Physiological action of certain drugs in tablet form - Number 52A
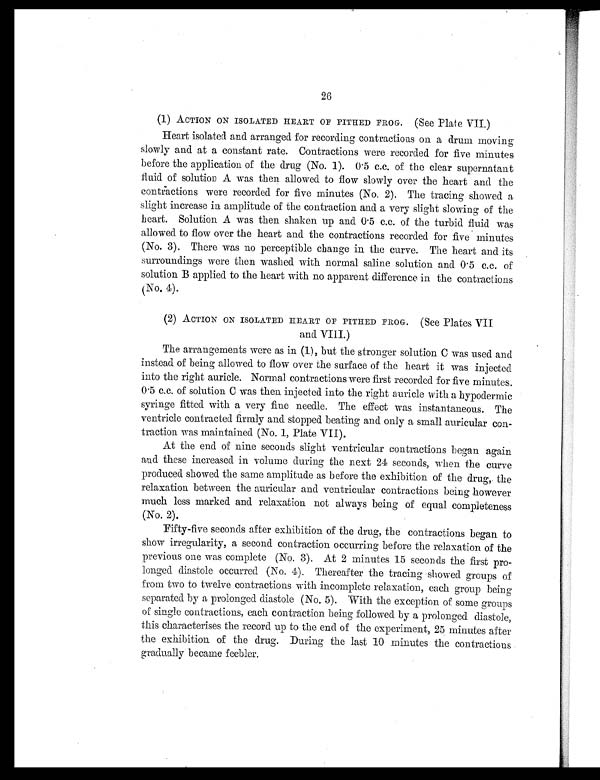
26
(1) ACTION ON ISOLATED HEART OF PITHED FROG. (See Plate VII.)
Heart isolated and. arranged for recording contractions on a drum moving
slowly and at a constant rate. Contractions were recorded for five minutes
before the application of the drug (No. 1). 0.5 c.c. of the clear supernatant
fluid of solutioc A was then allowed to flow slowly over the heart and the
contractions were recorded for five minutes (No. 2). The tracing showed a
slight increase in amplitude of the contraction and a very slight slowing of the
heart. Solution A was then shaken up and 0.5 c.c. of the turbid. fluid was
allowed to flow over the heart and the contractions recorded for five minutes
(No. 3). There was no perceptible change in the curve. The heart and its
surroundings were then washed with normal saline solution and 0.5 c.c. of
solution B applied. to the heart with no apparent difference in the contractions
(No. 4).
(2) ACTION ON ISOLATED HEART OF PITHED FROG. (See Plates VII
and VIII.)
The arrangements were as in (1), but the stronger solution C was used and
instead of being allowed to flow over the surface of the heart it was injected
into the right auricle. Normal contractions were first recorded for five minutes.
0.5 c.c. of solution C was then injected into the right auricle with a hypodermic
syringe fitted with a very fine needle. The effect was instantaneous. The
ventricle contracted firmly and stopped beating and only a small auricular con
-traction was maintained (No. 1, Plate VII).
At the end of nine seconds slight ventricular contractions began again
and these increased in volume during the next 24 seconds, when the curve
produced showed the same amplitude as before the exhibition of the drug, the
relaxation between the auricular and ventricular contractions being however
much less marked and relaxation not always being of equal completeness
(No. 2).
Fifty-five seconds after exhibition of the drug, the contractions began to
show irregularity, a second contraction occurring before the relaxation of the
previous one was complete (No. 3). At 2 minutes 15 seconds the first pro
- l o n g e d d i a s t o l e o c c u r r e d . ( N o . 4 ) . T h e r e a f t e r t h e t r a c i n g s h o w e d g r o u p s o f
from two to twelve contractions with incomplete relaxation, each group being
separated by a prolonged diastole (No. 5). With the exception of some groups
of single contractions, each contraction being followed by a prolonged diastole,
this characterises the record up to the end of the experiment, 25 minutes after
the exhibition of the drug. During the last 10 minutes the contractions
gradually became feebler.